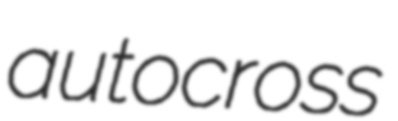
autocross